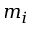
m _ { i }